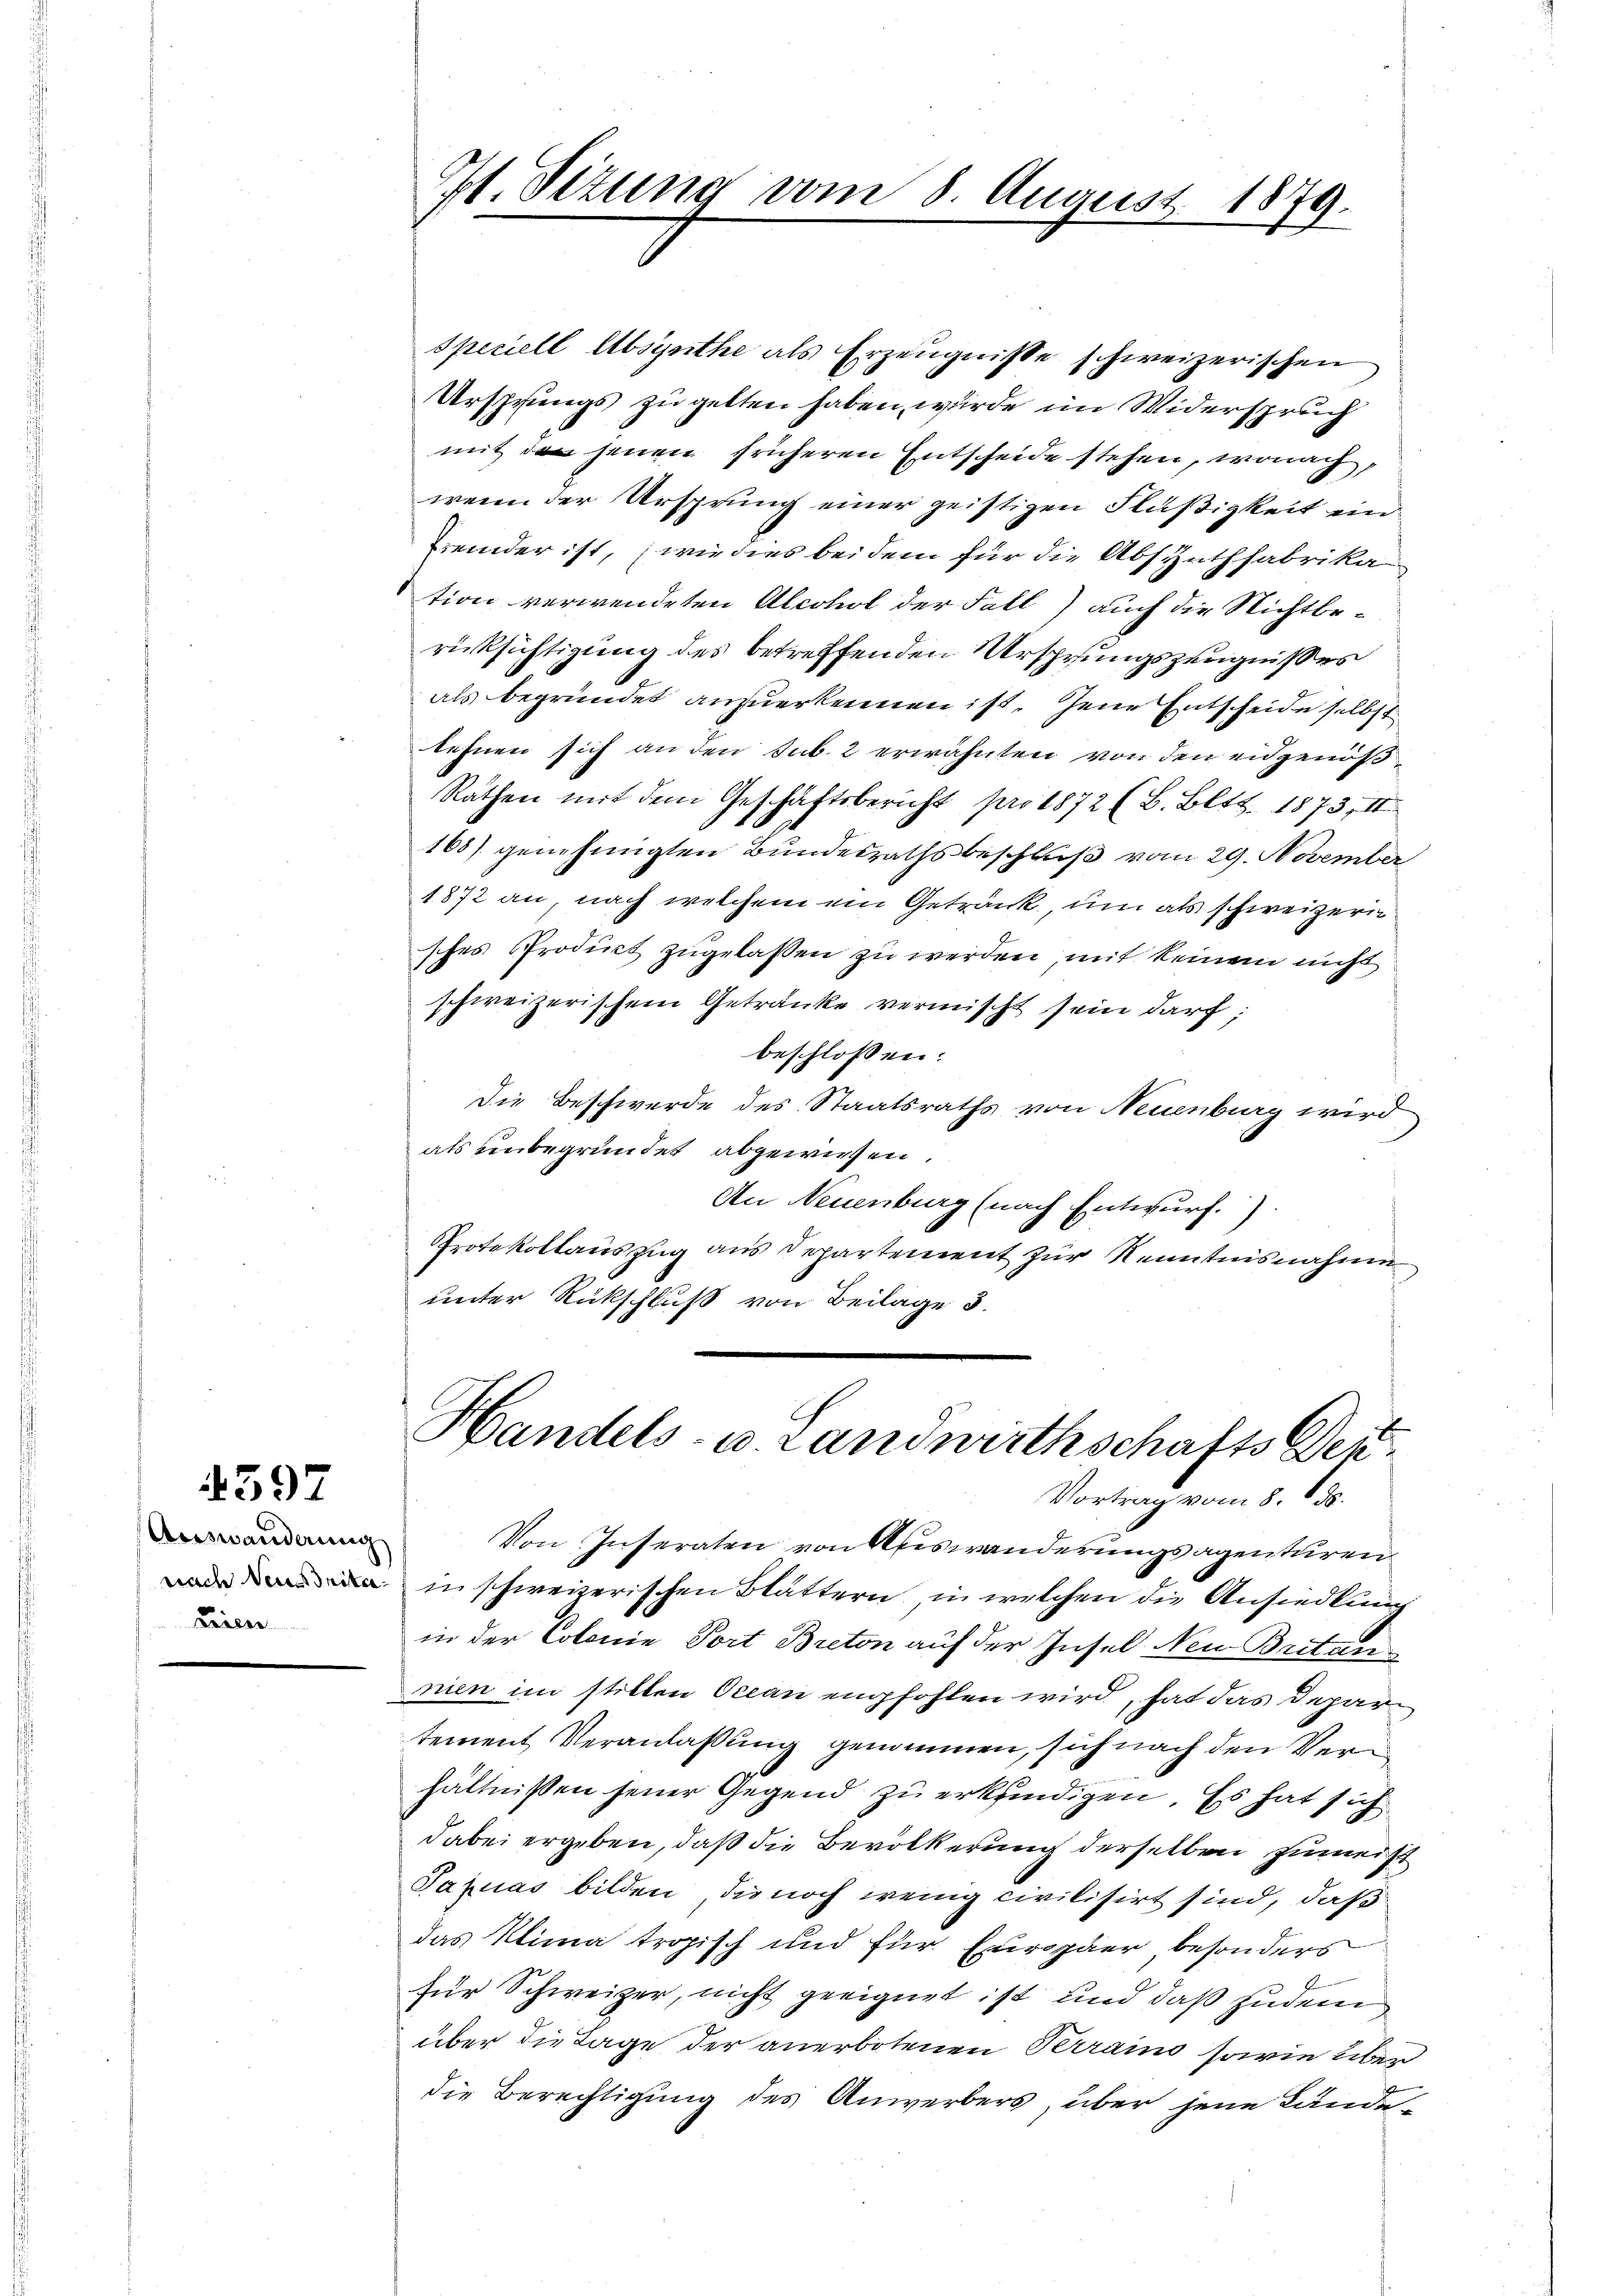
Auswanderung
Trien

4397

Speciell Absynthe als Erzeugnisse schweizerischen
Ursprungs zu gelten haben, wurde im Widerspruch
mit den jenen früheren Entscheide stehen, wonach,
wenn der Ursprung einer geistigen Flüßigkeit ein
Fremder ist, (wie dies bei dem für die Absynthfabrika
tion verwendeten Alcohol der Fall) auch die Nichtbe-
rücksichtigung des betreffenden Ursprungszeugnisses
als begründet anzuerkennen ist. Jene Entscheide selbst
tehnen sich an den sub. 2 erwähnten von den eidgenöß
Rathen mit dem Geschäftsbericht pro 1872 (B. Bett. 1873, II
165) genehmigten Bundesrathsbeschluß vom 29. November
1872 an, nach welchem ein Getränk, um als schweizern
sches Prodict zugelassen zu werden, mit keinem nicht
schweizerischem Getränke vermischt sein darf;
beschlossen:
Die Beschwerde des Staatsraths von Neuenburg wird
als unbegründet abgewiesen.
An Neuenburg (nach Entwurf.)
Protokollauszug aus Departement zur Kenntnisnahme
unter Rückschluß von Beilage 3.

Von Inseraten von Auswanderungsagenturen
 in schweizerischen Blättern, in welchen die Ansiedlung
in der Colonie Port Breton auf der Insel Neu Britan
nien im stillen Ocean empfohlen wird, hat das Departement Veranlaßung genommen, sich nach den Verhältnissen seiner Gegend zu erkundigen. Es hat sich
dabei ergeben, daß die Bevölkerung derselben zumeist
Jaquas bilden, die noch wenig civilisirt sind, daß
das Klima tropisch und für Europäer, besonders
für Schweizer, nicht geeignet ist, und daß zudem
über die Lage der anerbotenen Terrain sowie über
die Berechtigung des Anwerbers, über jene Lände¬

Pt. Sizung vom 8. August 1879.

Handels- u. Landwirthschafts Deu¬
Vortrag vom 8. 155.